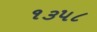
૧૩૫૮